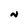
Character: N